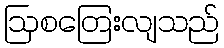
ဩစတြေးလျသည်